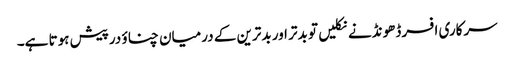
سرکاری افسر ڈھونڈنے نکلیں تو بدتر اور بدترین کے درمیان چناؤ درپیش ہوتا ہے۔